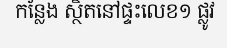
កន្លែង ស្ថិតនៅផ្ទះលេខ១ ផ្លូវ